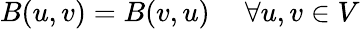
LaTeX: B(u,v)=B(v,u)\ \quad\forall u,v\in V